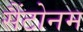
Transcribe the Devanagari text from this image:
सैंटोनम